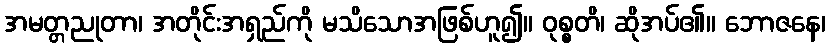
အမတ္တညုတာ၊ အတိုင်းအရှည်ကို မသိသောအဖြစ်ဟူ၍။ ဝုစ္စတိ၊ ဆိုအပ်၏။ ဘောဇနေ၊